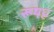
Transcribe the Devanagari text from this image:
रूपह